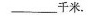
___千米。